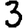
Digit: 3